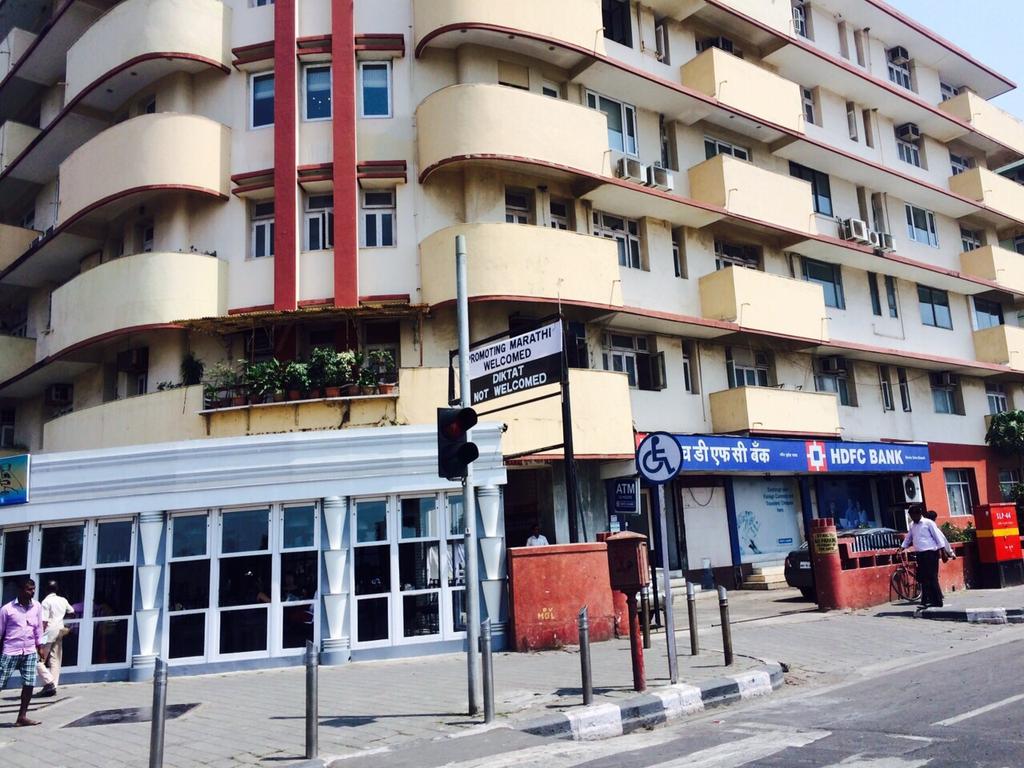
Language: marathi
Transcription: डी सी बँक